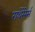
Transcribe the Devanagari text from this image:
गथेरेरेर्स्